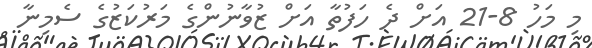
މި މަހު 8-21 އަށް ދެ ހަފުތާ އަށް ޒުވާނުންގެ މަރުކަޒުގެ ސެމިނާ